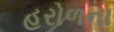
હરોળના